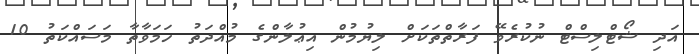
އަދި ޝޯޓްލިސްޓް ނުކުރެވޭ ފަރާތްތަކަށް ލިޔުމުން އިޢުލާންގެ މުއްދަތު ހަމަވާތާ މަސައްކަތު 10